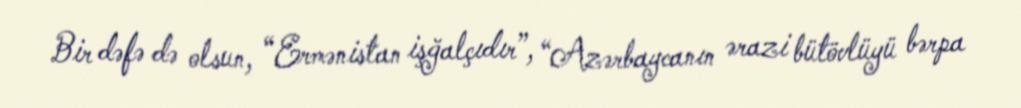
Bir dəfə də olsun, “Ermənistan işğalçıdır”, “Azərbaycanın ərazi bütövlüyü bərpa